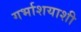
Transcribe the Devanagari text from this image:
गर्भाशयाशी